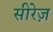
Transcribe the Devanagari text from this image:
सीरेज़